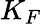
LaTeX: K_{F}